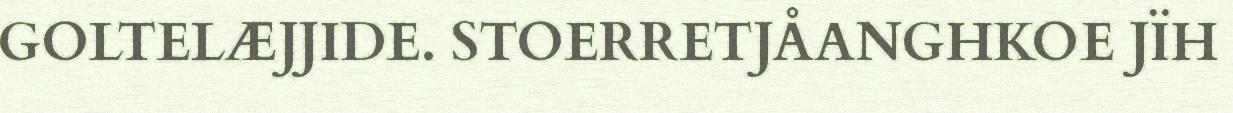
GOLTELÆJJIDE. STOERRETJÅANGHKOE JÏH